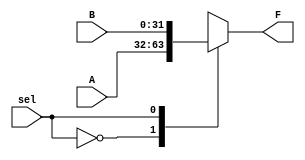
`timescale 1ns / 1ps
//////////////////////////////////////////////////////////////////////////////////
// Company: 
// Engineer: 
// 
// Design Name: 
// Module Name: mux
// Project Name: 
// Target Devices: 
// Tool Versions: 
// Description: 
// 
// Dependencies: 
// 
// Revision:
// Revision 0.01 - File Created
// Additional Comments:
// 
//////////////////////////////////////////////////////////////////////////////////


module mux(F, sel, A, B);
    parameter N = 32;
    
    input               sel;
    input   [N-1 : 0]   A,  B;
    output  [N-1 : 0]   F; 
    
    reg     [N-1 : 0]   F;
    
    initial begin
        F = 0;
    end
    
    always @ (A, B, sel) begin
        case (sel)
            1'b0 : F = A;
            1'b1 : F = B;
            default : F = 0;
        endcase
    end
endmodule